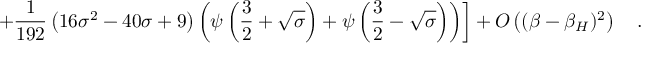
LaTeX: \left. + \frac { 1 } { 1 9 2 } \left( 1 6 { \sigma } ^ { 2 } - 4 0 \sigma + 9 \right) \left( \psi \left( \frac 3 2 + \sqrt { \sigma } \right) + \psi \left( \frac 3 2 - \sqrt { \sigma } \right) \right) \right] + O \left( ( \beta - \beta _ { H } ) ^ { 2 } \right) ~ ~ ~ .